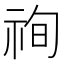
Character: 𥙣